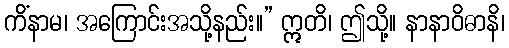
ကိံနာမ၊ အကြောင်းအသို့နည်း။” ဣတိ၊ ဤသို့။ နာနာဝိဓာနိ၊